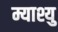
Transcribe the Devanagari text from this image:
म्याश्यु